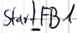
Text: Start_FB1